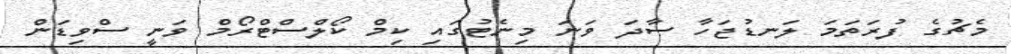
މެޗުގެ ފުރަތަމަ ލަނޑުޖަހާ ސާދަ ވަނަ މިނެޓުގައި ކިމް ކޯލްސްޓްރޯމް ވަނީ ސްވިޑަން